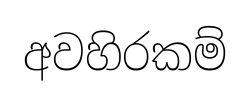
අවහිරකම්